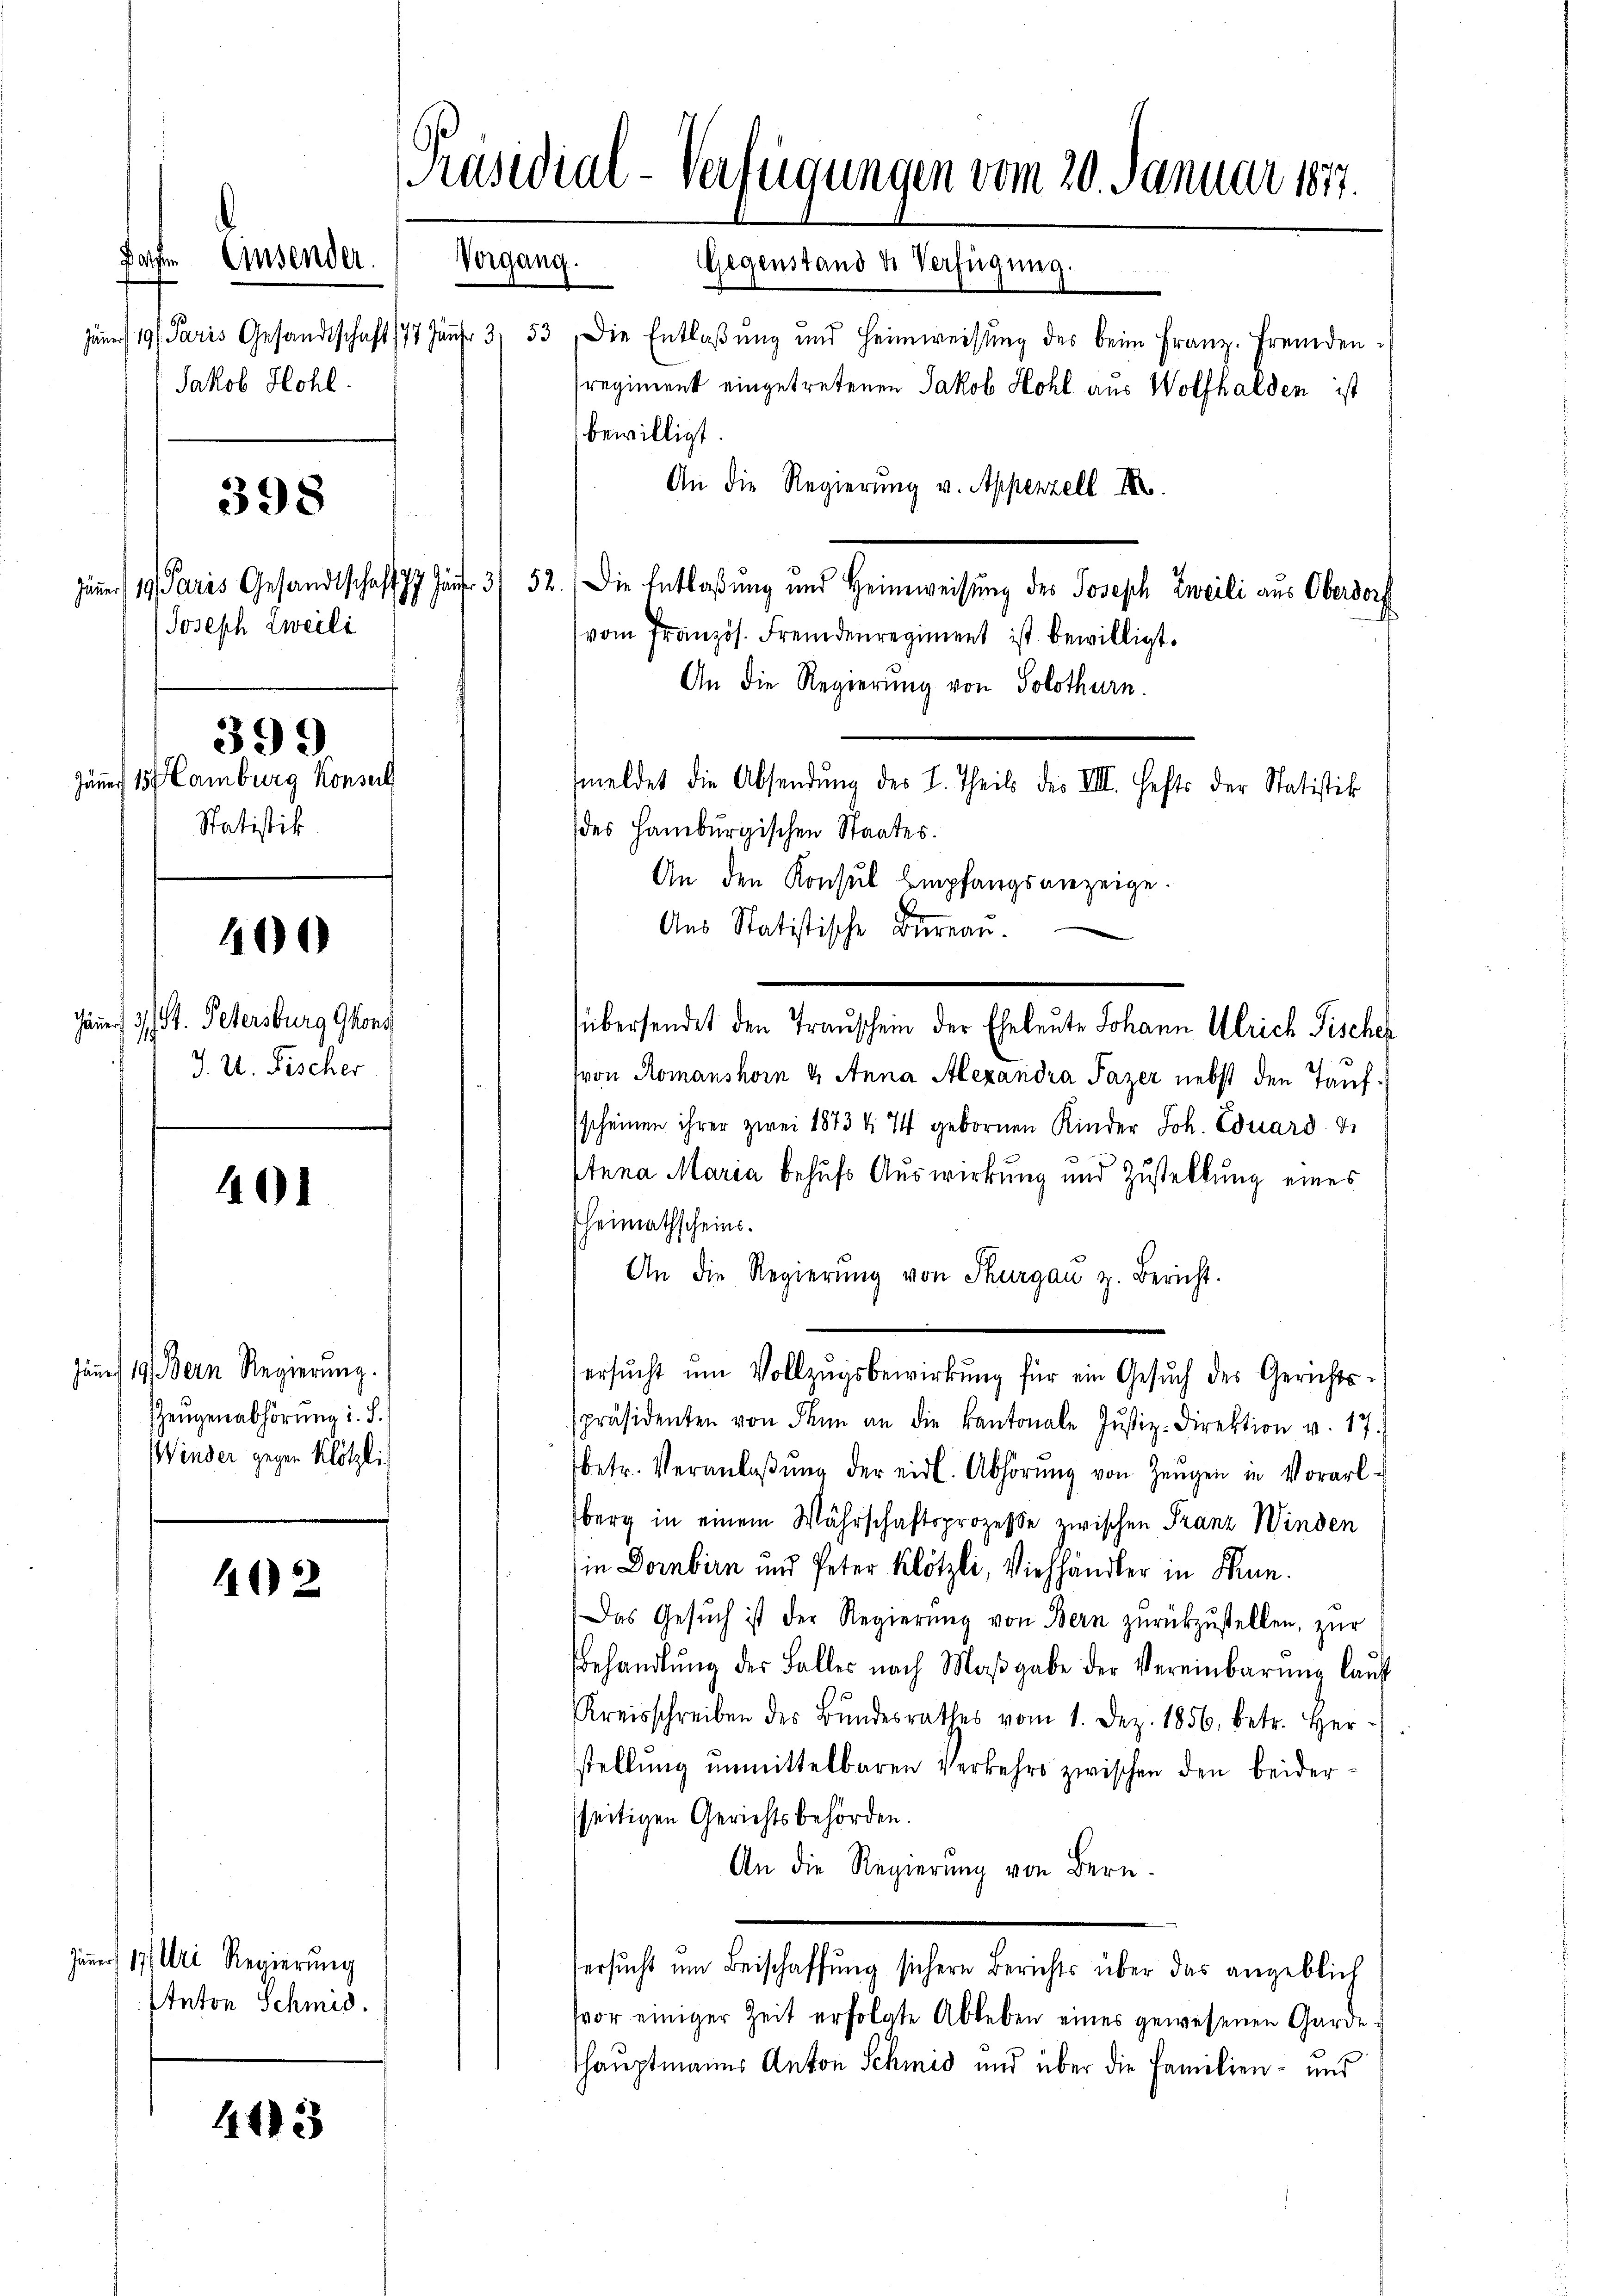
Jakob Hohl.

Joseph Zweili
399
Jänner 157 Camburg Konseit
Statistik

398

400

401

Jenne, 19. Bern Regierung.
ZZeugenabhörung i. S.)
Winder gegen Klötzlich

402

Jäner 17) Uri Regierung
Anton Schmid.

41138

[Präsidial-Verfügungen vom 20. Januar 1847.
Rachen Einsender.
Vorgang. Gegenstand d. Verfügung.

Jäner 3. St. Petersburg Ghons
J. U. Fischer

Jäṅer 19 Paris Gesandtschaft 177 Jaŭfr. 3 53 die Entlaβŭng ŭnd Heimweisŭng des beim Franz. Fremden-
sregiment eingetretenen Jakob Hohl aus Wolfhalden ist
bewilligt.
An die Regierung v. Appenzell I.
Jäner 19. Paris Gesandtschaft 17. Jäner 3/ 52. Die Entlaßung und Heimweisung des Joseph Zweili aus Oberdorf
vom Französ. Fremdenregiment ist bewilligt.
An die Regierung von Solothurn.
meldet die Absendung des L. Theils der VIII. Hefts der Statistik
des Hamburgischen Staates.
An den Konsul Empfangsanzeige.
Aus Statistische Bureau.
übersendet den Transchein der Eheleute Johann Ulrich Fischer
von Romanshorn & Anna Alexandra Fazer nebst den Taufsscheinen ihrer zwei 1873 n 14 gebornen Kinder Joh. Eduard 7
Etana Maria behufs Auswirkung und Zustellung eines
Heimathscheins.
An die Regierŭng von Thurgau z. Bericht.
ersucht um Vollzugsbewirkung für ein Gesuch des Gerichtsspräsidenten von denn an die Kantonale Jŭstiz-Direktion v. 17.
betr. Veranlaβŭng der eidl. Abhörŭng von Zeŭgen in Vorarl-
berg in einem Währschaftsprozesse zwischen Franz Winden
in Dornbirn und Peter Klötzli, Viehhändler in Sun.
Das Gesŭch ist der Regierŭng von Bern zurückzustellen, zur
Behandlŭng der Falles nach Maβgabe der Vereinbarŭng laŭf
Kreisschreiben des Bŭndesrathes vom 1. Dez. 1856, betr. Her-
stellung unmittelbaren Verkehrs zwischen den beiderseitigen Gerichtsbehörden.
An die Regierung von Bern.
ersucht um Beischaffung sichern Berichts über das angeblich
vor einiger Zeit erfolgte Ableben eines gewesenen Garde
Thauptmanns Anton Schmid und über die Familien- und